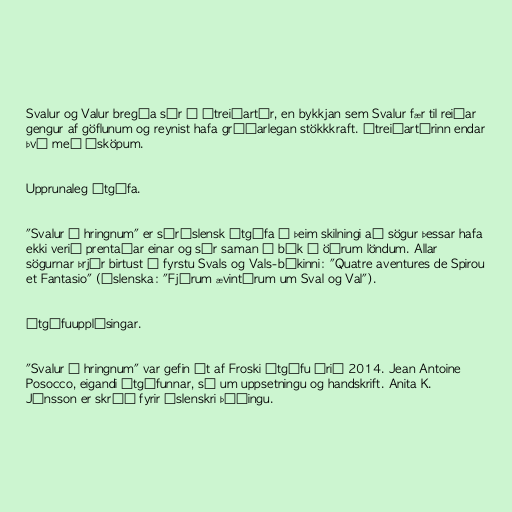
Svalur og Valur bregða sér í útreiðartúr, en bykkjan sem Svalur fær til reiðar
gengur af göflunum og reynist hafa gríðarlegan stökkkraft. Útreiðartúrinn endar
því með ósköpum.

Upprunaleg útgáfa.

"Svalur í hringnum" er séríslensk útgáfa í þeim skilningi að sögur þessar hafa
ekki verið prentaðar einar og sér saman á bók í öðrum löndum. Allar
sögurnar þrjár birtust í fyrstu Svals og Vals-bókinni: "Quatre aventures de Spirou
et Fantasio" (íslenska: "Fjórum ævintýrum um Sval og Val").

Útgáfuupplýsingar.

"Svalur í hringnum" var gefin út af Froski útgáfu árið 2014. Jean Antoine
Posocco, eigandi útgáfunnar, sá um uppsetningu og handskrift. Anita K.
Jónsson er skráð fyrir íslenskri þýðingu.